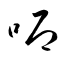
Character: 喞